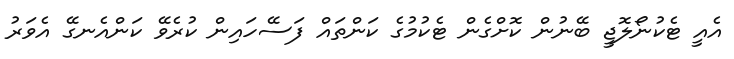
އެއީ ޓެކުނޯލޮޖީ ބޭނުން ކޮށްގެން ޓެކުމުގެ ކަންތައް ފަސޭހައިން ކުރެވޭ ކަންއެނގޭ އެވަރު